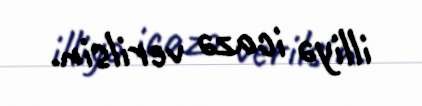
illiyə icazə verilsin.